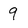
Character: 9